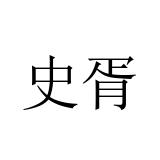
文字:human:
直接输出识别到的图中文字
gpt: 史胥